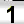
Digit: 1